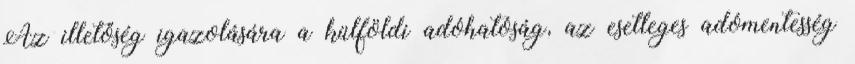
Az illetőség igazolására a külföldi adóhatóság, az esetleges adómentesség